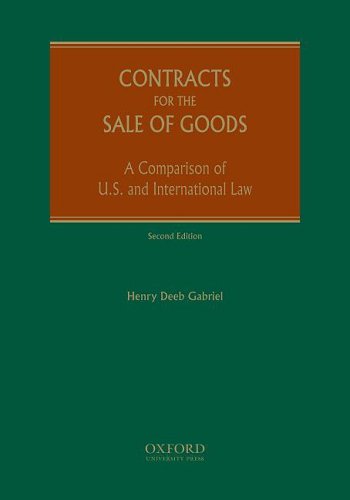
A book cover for Contracts for the Sale of Goods: A Comparison of U.S. and International Law; Henry  Deeb Gabriel; Law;